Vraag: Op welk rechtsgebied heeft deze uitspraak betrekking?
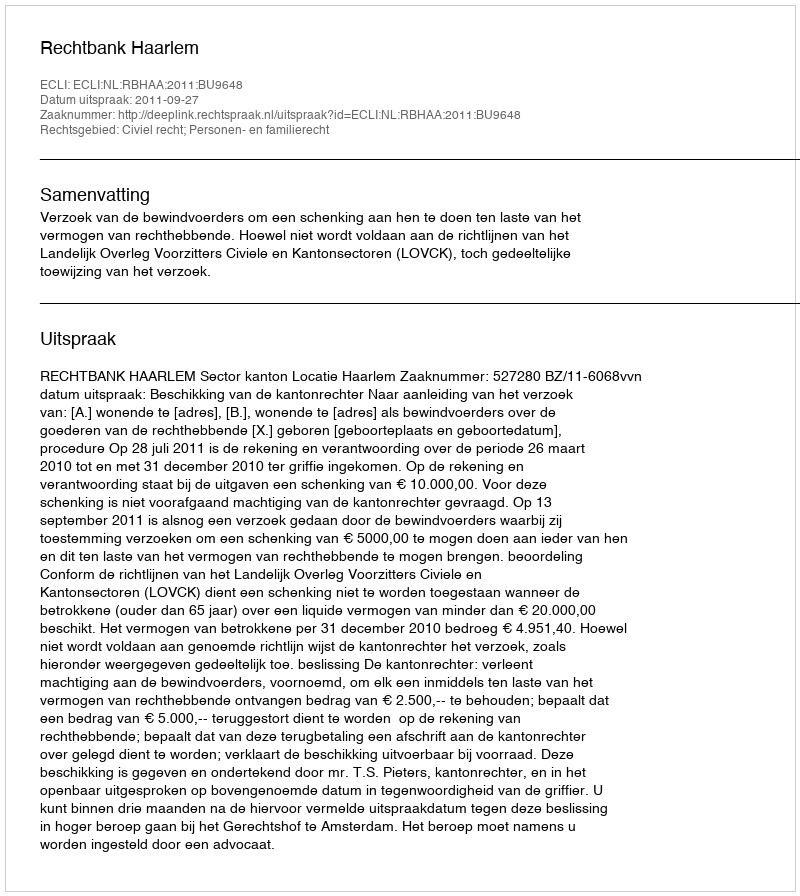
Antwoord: Civiel recht; Personen- en familierecht